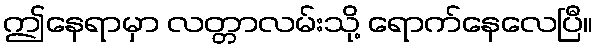
ဤနေရာမှာ လတ္တာလမ်းသို့ ရောက်နေလေပြီ။